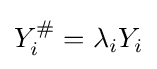
Y_{i}^{\#}=\lambda _{i}Y_{i}